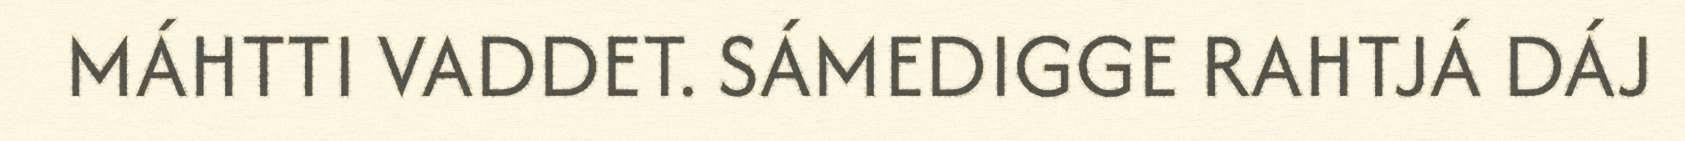
MÁHTTI VADDET. SÁMEDIGGE RAHTJÁ DÁJ